Malarial fevers
Disease focus: Malaria
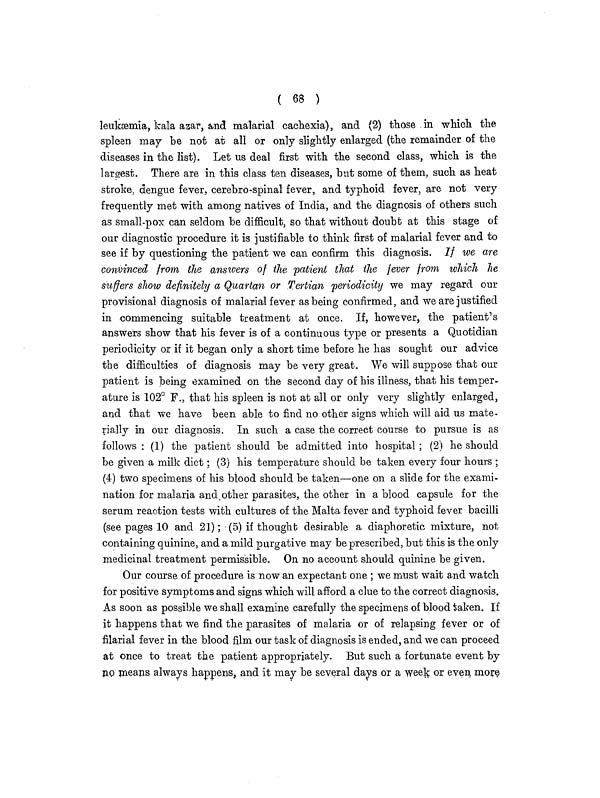
( 68 )
leukæmia, kala azar, and malarial cachexia), and (2) those in which the
spleen may be not at all or only slightly enlarged (the remainder of the
diseases in the list). Let us deal first with the second class, which is the
largest. There are in this class ten diseases, but some of them, such as heat
stroke, dengue fever, cerebro-spinal fever, and typhoid fever, are not very
frequently met with among natives of India, and the diagnosis of others such
as small-pox can seldom be difficult, so that without doubt at this stage of
our diagnostic procedure it is justifiable to think first of malarial fever and to
see if by questioning the patient we can confirm this diagnosis. If we are
convinced from the answers of the patient that the fever from which he
suffers show definitely a Quartan or Tertian periodicity we may regard our
provisional diagnosis of malarial fever as being confirmed, and we are justified
in commencing suitable treatment at once. If, however, the patient's
answers show that his fever is of a continuous type or presents a Quotidian
periodicity or if it began only a short time before he has sought our advice
the difficulties of diagnosis may be very great. We will suppose that our
patient is being examined on the second day of his illness, that his temper-
ature is 102° F., that his spleen is not at all or only very slightly enlarged,
and that we have been able to find no other signs which will aid us mate-
rially in our diagnosis. In such a case the correct course to pursue is as
follows : (1) the patient should be admitted into hospital ; (2) he should
be given a milk diet ; (3) his temperature should be taken every four hours ;
(4) two specimens of his blood should be taken—one on a slide for the exami-
nation for malaria and other parasites, the other in a blood capsule for the
serum reaction tests with cultures of the Malta fever and typhoid fever bacilli
(see pages 10 and 21); (5) if thought desirable a diaphoretic mixture, not
containing quinine, and a mild purgative may be prescribed, but this is the only
medicinal treatment permissible. On no account should quinine be given.
Our course of procedure is now an expectant one ; we must wait and watch
for positive symptoms and signs which will afford a clue to the correct diagnosis.
As soon as possible we shall examine carefully the specimens of blood taken. If
it happens that we find the parasites of malaria or of relapsing fever or of
filarial fever in the blood film our task of diagnosis is ended, and we can proceed
at once to treat the patient appropriately. But such a fortunate event by
HO means always happens, and it may be several days or a week or even more